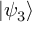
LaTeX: \left| \psi _ { 3 } \right\rangle